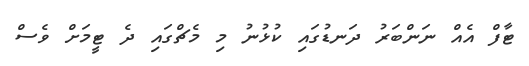
ޓާފް އެއް ނަންބަރު ދަނޑުގައި ކުޅުނު މި މެޗްގައި ދެ ޓީމަށް ވެސް